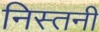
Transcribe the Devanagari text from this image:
निस्तनी